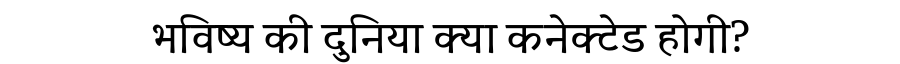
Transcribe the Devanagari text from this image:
भविष्य की दुनिया क्या कनेक्टेड होगी?